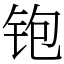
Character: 铇